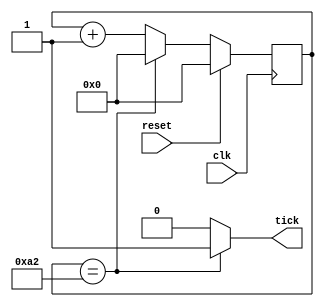
`timescale 1ns / 1ps
//////////////////////////////////////////////////////////////////////////////////
// Company: 
// Engineer: 
// 
// Design Name: 
// Module Name:    Baud_rate 
// Project Name: 
// Target Devices: 
// Tool versions: 
// Description: 
//
// Dependencies: 
//
// Revision: 
// Revision 0.01 - File Created
// Additional Comments: 
//
//////////////////////////////////////////////////////////////////////////////////
module Baud_rate(
    input clk,
	 input reset,
    output tick
    );
parameter max = 163 ;
reg[31:0]counter;
assign tick=(counter==max-1)?1'b1:1'b0;
always@(posedge clk)
	if(reset)
		counter<=0;
	else if(counter==max-1)
		counter<=0;
	else
		counter<=counter+1;
endmodule